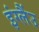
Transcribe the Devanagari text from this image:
इंग्लैंउ